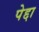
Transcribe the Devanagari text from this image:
पेद्दा